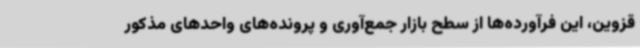
قزوین، این فرآورده‌ها از سطح بازار جمع‌آوری و پرونده‌های واحدهای مذکور